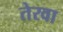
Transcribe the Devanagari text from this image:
तेरवा